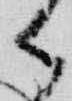
御